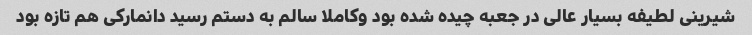
شیرینی لطیفه بسیار عالی در جعبه چیده شده بود وکاملا سالم به دستم رسید دانمارکی هم تازه بود